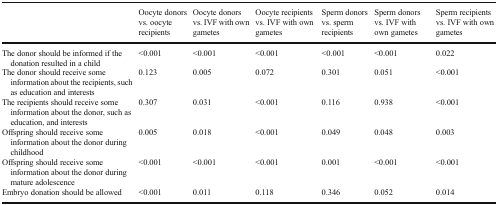
<table><thead><tr><td></td><td><b>Oocyte donors vs. oocyte recipients</b></td><td><b>Oocyte donors vs. IVF with own gametes</b></td><td><b>Oocyte recipients vs. IVF with own gametes</b></td><td><b>Sperm donors vs. sperm recipients</b></td><td><b>Sperm donors vs. IVF with own gametes</b></td><td><b>Sperm recipients vs. IVF with own gametes</b></td></tr></thead><tbody><tr><td>The donor should be informed if the donation resulted in a child</td><td>&lt;0.001</td><td>&lt;0.001</td><td>&lt;0.001</td><td>&lt;0.001</td><td>&lt;0.001</td><td>0.022</td></tr><tr><td>The donor should receive some information about the recipients, such as education and interests</td><td>0.123</td><td>0.005</td><td>0.072</td><td>0.301</td><td>0.051</td><td>&lt;0.001</td></tr><tr><td>The recipients should receive some information about the donor, such as education, and interests</td><td>0.307</td><td>0.031</td><td>&lt;0.001</td><td>0.116</td><td>0.938</td><td>&lt;0.001</td></tr><tr><td>Offspring should receive some information about the donor during childhood</td><td>0.005</td><td>0.018</td><td>&lt;0.001</td><td>0.049</td><td>0.048</td><td>0.003</td></tr><tr><td>Offspring should receive some information about the donor during mature adolescence</td><td>&lt;0.001</td><td>&lt;0.001</td><td>&lt;0.001</td><td>0.001</td><td>&lt;0.001</td><td>&lt;0.001</td></tr><tr><td>Embryo donation should be allowed</td><td>&lt;0.001</td><td>0.011</td><td>0.118</td><td>0.346</td><td>0.052</td><td>0.014</td></tr></tbody></table>